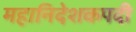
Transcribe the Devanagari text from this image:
महानिदेशकपदी